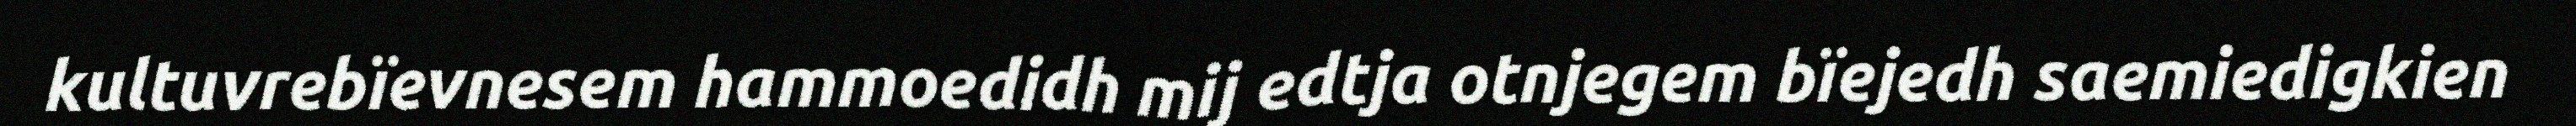
kultuvrebïevnesem hammoedidh mij edtja otnjegem bïejedh saemiedigkien